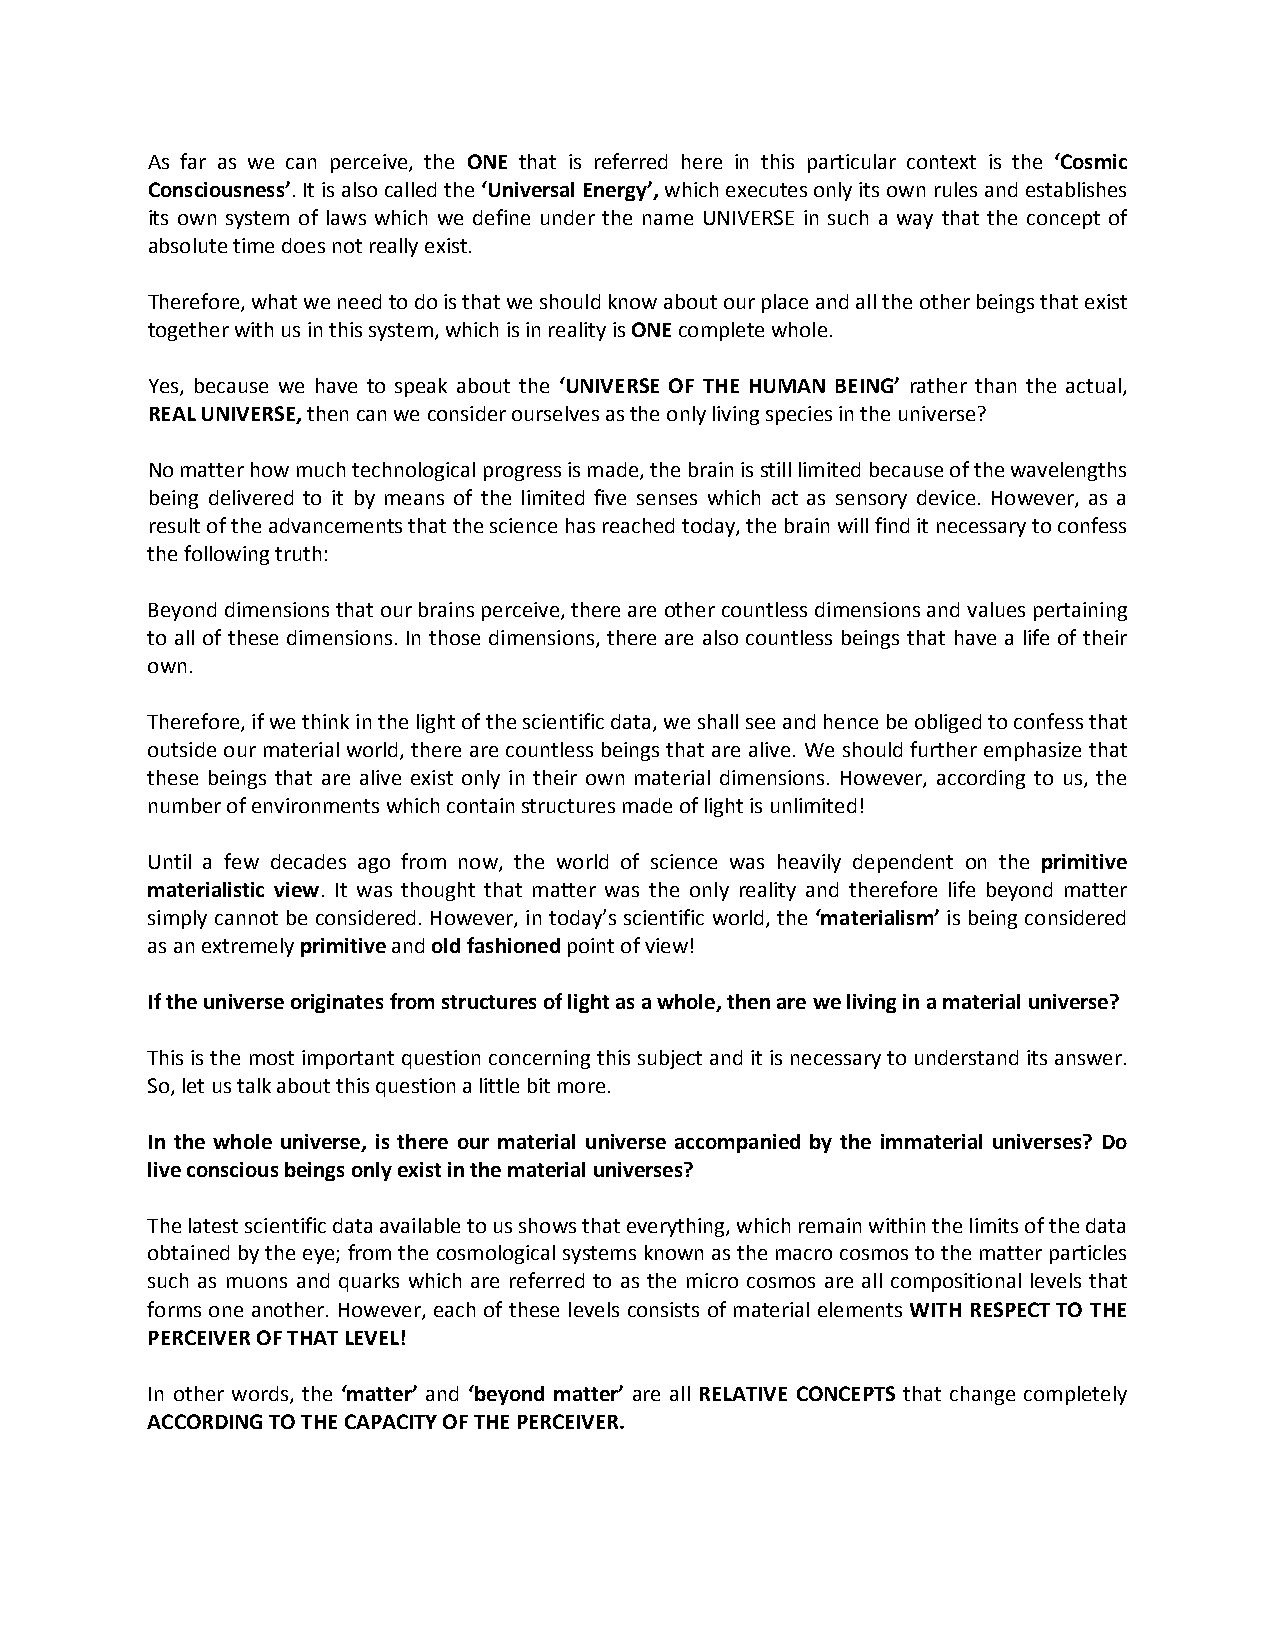
As far as we can perceive, the ONE that is referred here in this particular context is the ‘Cosmic
 Consciousness’. It is also called the ‘Universal Energy’, which executes only its own rules and establishes
 its own system of laws which we define under the name UNIVERSE in such a way that the concept of
 absolute time does not really exist.
 Therefore, what we need to do is that we should know about our place and all the other beings that exist
 together with us in this system, which is in reality is ONE complete whole.
 Yes, because we have to speak about the ‘UNIVERSE OF THE HUMAN BEING’ rather than the actual,
 REAL UNIVERSE, then can we consider ourselves as the only living species in the universe?
 No matter how much technological progress is made, the brain is still limited because of the wavelengths
 being delivered to it by means of the limited five senses which act as sensory device. However, as a
 result of the advancements that the science has reached today, the brain will find it necessary to confess
 the following truth:
 Beyond dimensions that our brains perceive, there are other countless dimensions and values pertaining
 to all of these dimensions. In those dimensions, there are also countless beings that have a life of their
 own.
 Therefore, if we think in the light of the scientific data, we shall see and hence be obliged to confess that
 outside our material world, there are countless beings that are alive. We should further emphasize that
 these beings that are alive exist only in their own material dimensions. However, according to us, the
 number of environments which contain structures made of light is unlimited!
 Until a few decades ago from now, the world of science was heavily dependent on the primitive
 materialistic view. It was thought that matter was the only reality and therefore life beyond matter
 simply cannot be considered. However, in today’s scientific world, the ‘materialism’ is being considered
 as an extremely primitive and old fashioned point of view!
 If the universe originates from structures of light as a whole, then are we living in a material universe?
 This is the most important question concerning this subject and it is necessary to understand its answer.
 So, let us talk about this question a little bit more.
 In the whole universe, is there our material universe accompanied by the immaterial universes? Do
 live conscious beings only exist in the material universes?
 The latest scientific data available to us shows that everything, which remain within the limits of the data
 obtained by the eye; from the cosmological systems known as the macro cosmos to the matter particles
 such as muons and quarks which are referred to as the micro cosmos are all compositional levels that
 forms one another. However, each of these levels consists of material elements WITH RESPECT TO THE
 PERCEIVER OF THAT LEVEL!
 In other words, the ‘matter’ and ‘beyond matter’ are all RELATIVE CONCEPTS that change completely
 ACCORDING TO THE CAPACITY OF THE PERCEIVER.